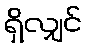
ရှိလျှင်